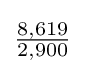
{\tfrac {8,619}{2,900}}